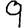
Digit: 9